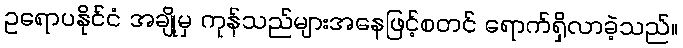
ဥရောပနိုင်ငံ အချို့မှ ကုန်သည်များအနေဖြင့်စတင် ရောက်ရှိလာခဲ့သည်။